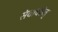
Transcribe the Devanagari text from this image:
संवादसेतु